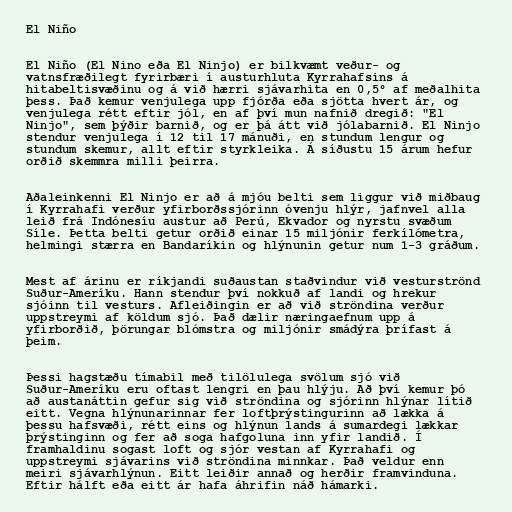
El Niño

El Niño (El Nino eða El Ninjo) er bilkvæmt veður- og
vatnsfræðilegt fyrirbæri í austurhluta Kyrrahafsins á
hitabeltisvæðinu og á við hærri sjávarhita en 0,5° af meðalhita
þess. Það kemur venjulega upp fjórða eða sjötta hvert ár, og
venjulega rétt eftir jól, en af því mun nafnið dregið: "El
Ninjo", sem þýðir barnið, og er þá átt við jólabarnið. El Ninjo
stendur venjulega í 12 til 17 mánuði, en stundum lengur og
stundum skemur, allt eftir styrkleika. Á síðustu 15 árum hefur
orðið skemmra milli þeirra.

Aðaleinkenni El Ninjo er að á mjóu belti sem liggur við miðbaug
í Kyrrahafi verður yfirborðssjórinn óvenju hlýr, jafnvel alla
leið frá Indónesíu austur að Perú, Ekvador og nyrstu svæðum
Síle. Þetta belti getur orðið einar 15 miljónir ferkílómetra,
helmingi stærra en Bandaríkin og hlýnunin getur num 1-3 gráðum.

Mest af árinu er ríkjandi suðaustan staðvindur við vesturströnd
Suður-Ameríku. Hann stendur því nokkuð af landi og hrekur
sjóinn til vesturs. Afleiðingin er að við ströndina verður
uppstreymi af köldum sjó. Það dælir næringaefnum upp á
yfirborðið, þörungar blómstra og miljónir smádýra þrífast á
þeim.

Þessi hagstæðu tímabil með tilölulega svölum sjó við
Suður-Ameríku eru oftast lengri en þau hlýju. Að því kemur þó
að austanáttin gefur sig við ströndina og sjórinn hlýnar lítið
eitt. Vegna hlýnunarinnar fer loftþrýstingurinn að lækka á
þessu hafsvæði, rétt eins og hlýnun lands á sumardegi lækkar
þrýstinginn og fer að soga hafgoluna inn yfir landið. Í
framhaldinu sogast loft og sjór vestan af Kyrrahafi og
uppstreymi sjávarins við ströndina minnkar. Það veldur enn
meiri sjávarhlýnun. Eitt leiðir annað og herðir framvinduna.
Eftir hálft eða eitt ár hafa áhrifin náð hámarki.